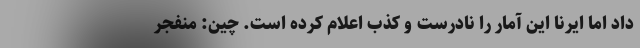
داد اما ایرنا این آمار را نادرست و کذب اعلام کرده است. چین: منفجر